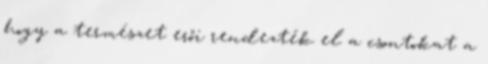
hogy a természet erői rendezték el a csontokat a